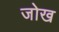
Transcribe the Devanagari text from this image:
जोख